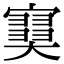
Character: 𡫩